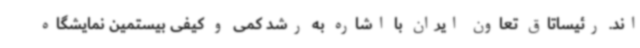
اند. رئیساتاق تعاون ایران با اشاره به رشد کمی و کیفی بیستمین نمایشگاه